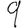
Digit: 9